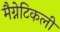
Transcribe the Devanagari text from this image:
मैग्नेटिकली